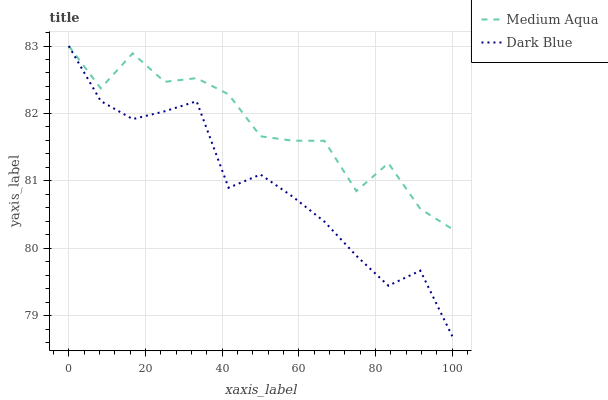
| xaxis_label | Medium Aqua | Dark Blue |
 | --- | --- | --- |
 | 0 | 83 | 83 |
 | 8.33 | 82.4 | 82.2 |
 | 16.7 | 82.9 | 81.9 |
 | 25 | 82.5 | 82 |
 | 33.3 | 82.5 | 82.2 |
 | 41.7 | 82.3 | 80.9 |
 | 50 | 81.7 | 81.1 |
 | 58.3 | 81.6 | 80.8 |
 | 66.7 | 81.6 | 80.4 |
 | 75 | 80.8 | 79.9 |
 | 83.3 | 81.3 | 79.4 |
 | 91.7 | 80.6 | 79.7 |
 | 100 | 80.3 | 78.7 |